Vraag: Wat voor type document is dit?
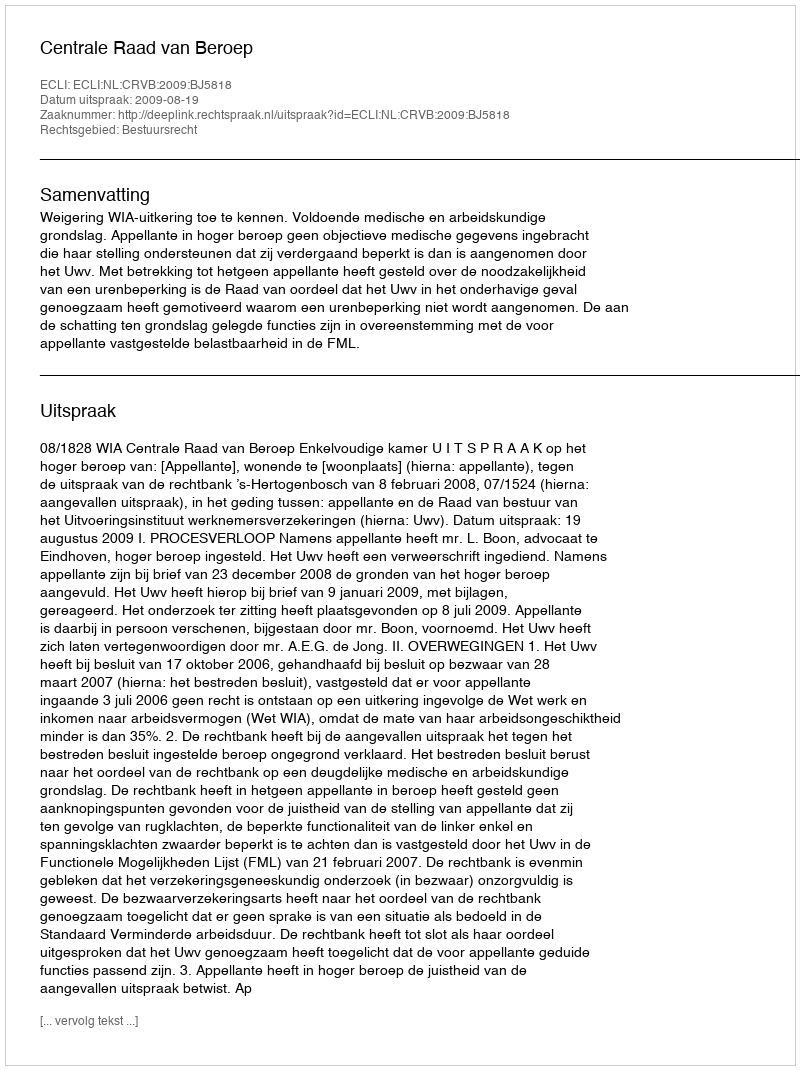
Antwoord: Uitspraak